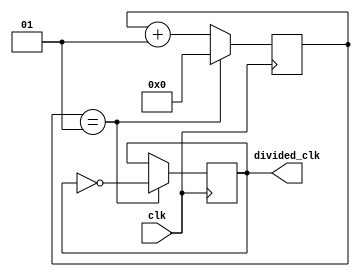
`timescale 1ns / 1ps

module clock_divider(
 input wire clk,
 output reg divided_clk = 0
);
 localparam divided_value = 1;
 integer counter_value = 0;
 
always@ (posedge clk)
begin
  if (counter_value == divided_value)
     counter_value <= 0;
     else
     counter_value <= counter_value+1;
   end
   
always@ (posedge clk)
begin
  if (counter_value == divided_value)
    divided_clk <= ~divided_clk;
    else
    divided_clk <= divided_clk;
  end
endmodule